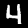
Digit: 4